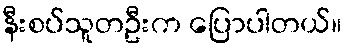
နီးစပ်သူတဦးက ပြောပါတယ်။